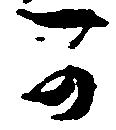
可